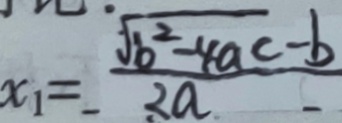
x _ { 1 } = \frac { \sqrt { b ^ { 2 } - 4 a c } - b } { 2 a }